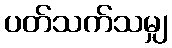
ပတ်သက်သမျှ